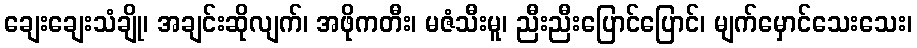
ချေးချေးသံချို၊ အချင်းဆိုလျက်၊ အဖိုကတီး၊ မဇံသီးမူ၊ ညီးညီးပြောင်ပြောင်၊ မျက်မှောင်သေးသေး၊